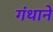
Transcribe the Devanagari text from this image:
गंथाने